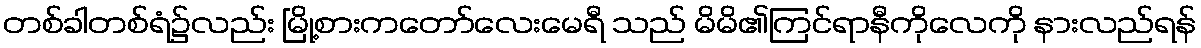
တစ်ခါတစ်ရံ၌လည်း မြို့စားကတော်လေးမေရီ သည် မိမိ၏ကြင်ရာနီကိုလေကို နားလည်ရန်